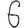
Digit: 6